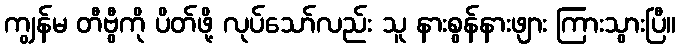
ကျွန်မ တီဗွီကို ပိတ်ဖို့ လုပ်သော်လည်း သူ နားစွန်နားဖျား ကြားသွားပြီ။